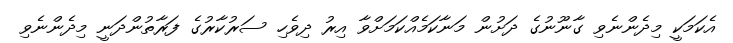
އެކަމަކީ މިދެންނެވި ގާނޫނުގެ ދަށުން މަނާކަމެއްކަމަށްވާ އިރު ދިވެހި ސަރުކާރުގެ ފަރާތުންދަނީ މިދެންނެވި